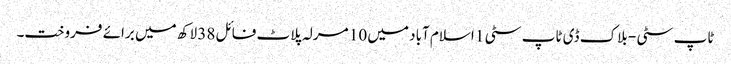
ٹاپ سٹی - بلاک ڈی ٹاپ سٹی 1 اسلام آباد میں 10 مرلہ پلاٹ فائل 38 لاکھ میں برائے فروخت۔